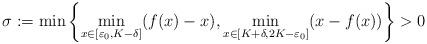
LaTeX: \begin{align*}\sigma := \min\left\{ \min_{x\in [\varepsilon_0, K-\delta]} (f(x)-x), \min_{x\in [K+\delta, 2K-\varepsilon_0]} (x-f(x)) \right\} >0 \end{align*}